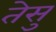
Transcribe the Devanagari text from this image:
तेसु